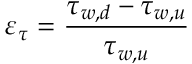
\varepsilon _ { \tau } = \frac { \tau _ { w , d } - \tau _ { w , u } } { \tau _ { w , u } }